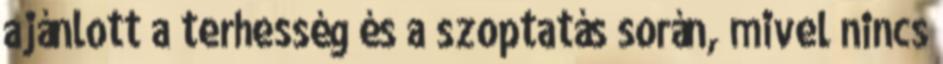
ajánlott a terhesség és a szoptatás során, mivel nincs